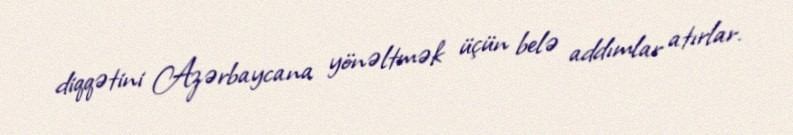
diqqətini Azərbaycana yönəltmək üçün belə addımlar atırlar.